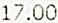
17.00